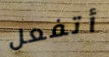
أتفعل